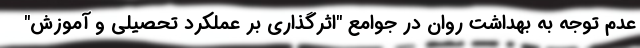
عدم توجه به بهداشت روان در جوامع "اثرگذاری بر عملکرد تحصیلی و آموزش"